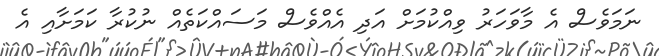
ނަމަވެސް އެ މާވަހަރު ވިއްކުމަށް އަދި އެއްވެސް މަސައްކަތެއް ނުކުރާ ކަމަށާއި އެ